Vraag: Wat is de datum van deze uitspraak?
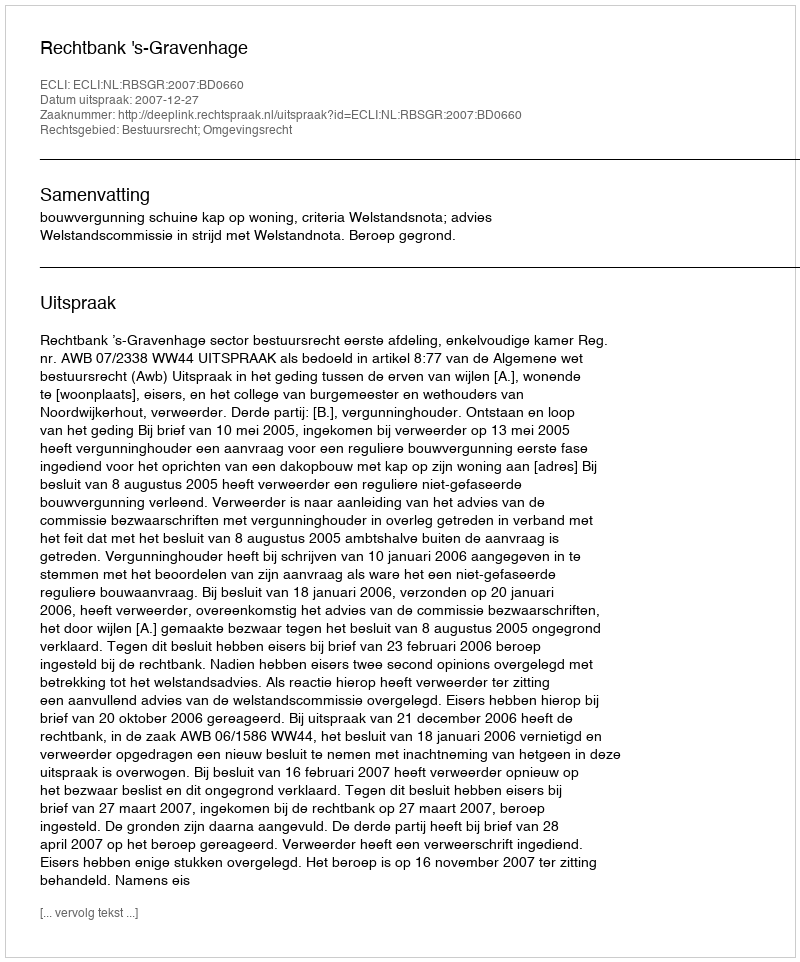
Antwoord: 2007-12-27